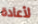
لأعادة